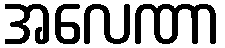
အလေဏာ